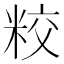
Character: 𥹜